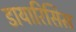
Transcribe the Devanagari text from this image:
डायारिसिस